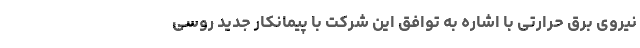
نیروی برق حرارتی با اشاره به توافق این شرکت با پیمانکار جدید روسی